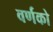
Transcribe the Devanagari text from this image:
वर्णको